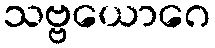
သဗ္ဗယောဂေ